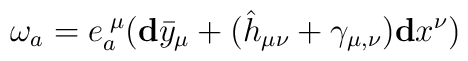
\mathbf{\omega }_{a}=e_{a}^{\;\mu }(\mathbf{d}\bar{y}_{\mu }+(\hat{h}_{\mu\nu }+\gamma _{\mu ,\nu })\mathbf{d}x^{\nu })